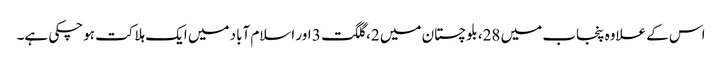
اس کے علاوہ پنجاب میں 28، بلوچستان میں 2، گلگت 3 اور اسلام آباد میں ایک ہلاکت ہوچکی ہے۔